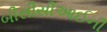
બીસીસીઆઈની